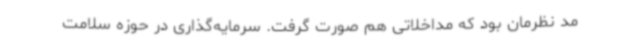
مد نظرمان بود که مداخلاتی هم صورت گرفت. سرمایه‌گذاری در حوزه سلامت